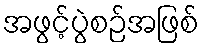
အဖွင့်ပွဲစဉ်အဖြစ်